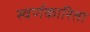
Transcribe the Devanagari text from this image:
स्वर्णकारिता